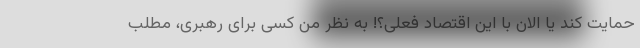
حمایت کند یا الان با این اقتصاد فعلی؟! به نظر من کسی برای رهبری، مطلب